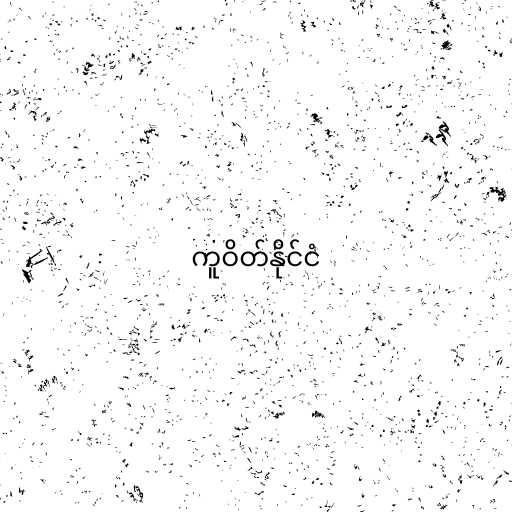
ကူဝိတ်နိုင်ငံ